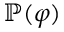
\mathbb { P } ( \boldsymbol { \varphi } )